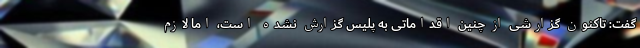
گفت: تاکنون گزارشی از چنین اقداماتی به پلیس گزارش نشده است، اما لازم